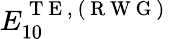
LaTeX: E_{10}^{\mathrm{~T~E~},\mathrm{~(~R~W~G~)~}}